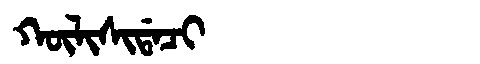
Manchu: ᡴᡡᠯᡳᠰᡳᡩᠠᠴᡳ
Romanization: KŪLISIDACI